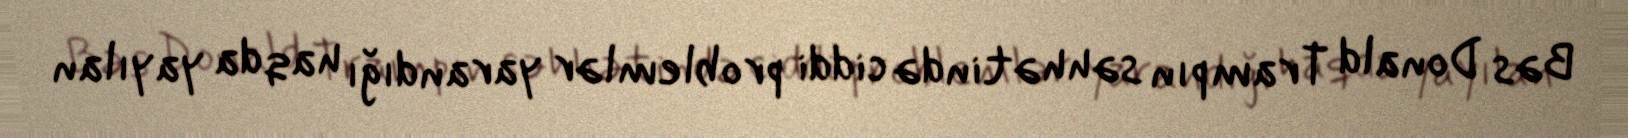
Bəs Donald Trampın səhhətində ciddi problemlər yarandığı haqda yayılan